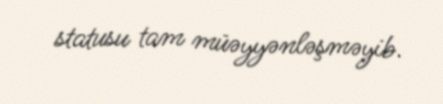
statusu tam müəyyənləşməyib.